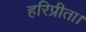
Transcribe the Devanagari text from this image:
हरिप्रीता।